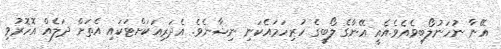
އޭނާ ނުހަނުލޯބިވެއެވެ.އެއީ އޭނާގެ ލޯބީގެ ހުރިހަމައެކަނި ނިޝާނެވެ. އެދަރިއަކަށްޓަކައި އެތަށް ދަލެއް އޮހޮރުވި